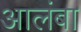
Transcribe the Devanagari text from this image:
आलंबा